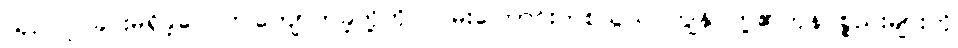
ယှဉ်ပြိုင်ခြင်းမရှိခဲ့ပေ ဤကျောက်ခဲ့တို့ကို လမ်းကြောင်းတစ်သွယ် ကျွန်ုပ်တို့၏ကုန်ပစ္စည်းများကို